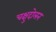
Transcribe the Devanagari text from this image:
चक्षुदोलन